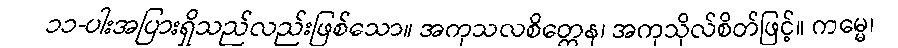
၁၁-ပါးအပြားရှိသည်လည်းဖြစ်သော။ အကုသလစိတ္တေန၊ အကုသိုလ်စိတ်ဖြင့်။ ကမ္မေ၊